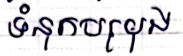
ទំនុកបម្រុង